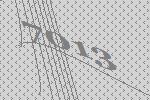
7013